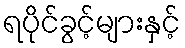
ရပိုင်ခွင့်များနှင့်